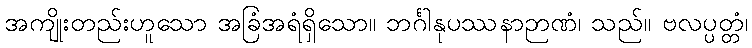
အကျိုးတည်းဟူသော အခြံအရံရှိသော။ ဘင်္ဂါနုပဿနာဉာဏံ၊ သည်။ ဗလပ္ပတ္တံ၊